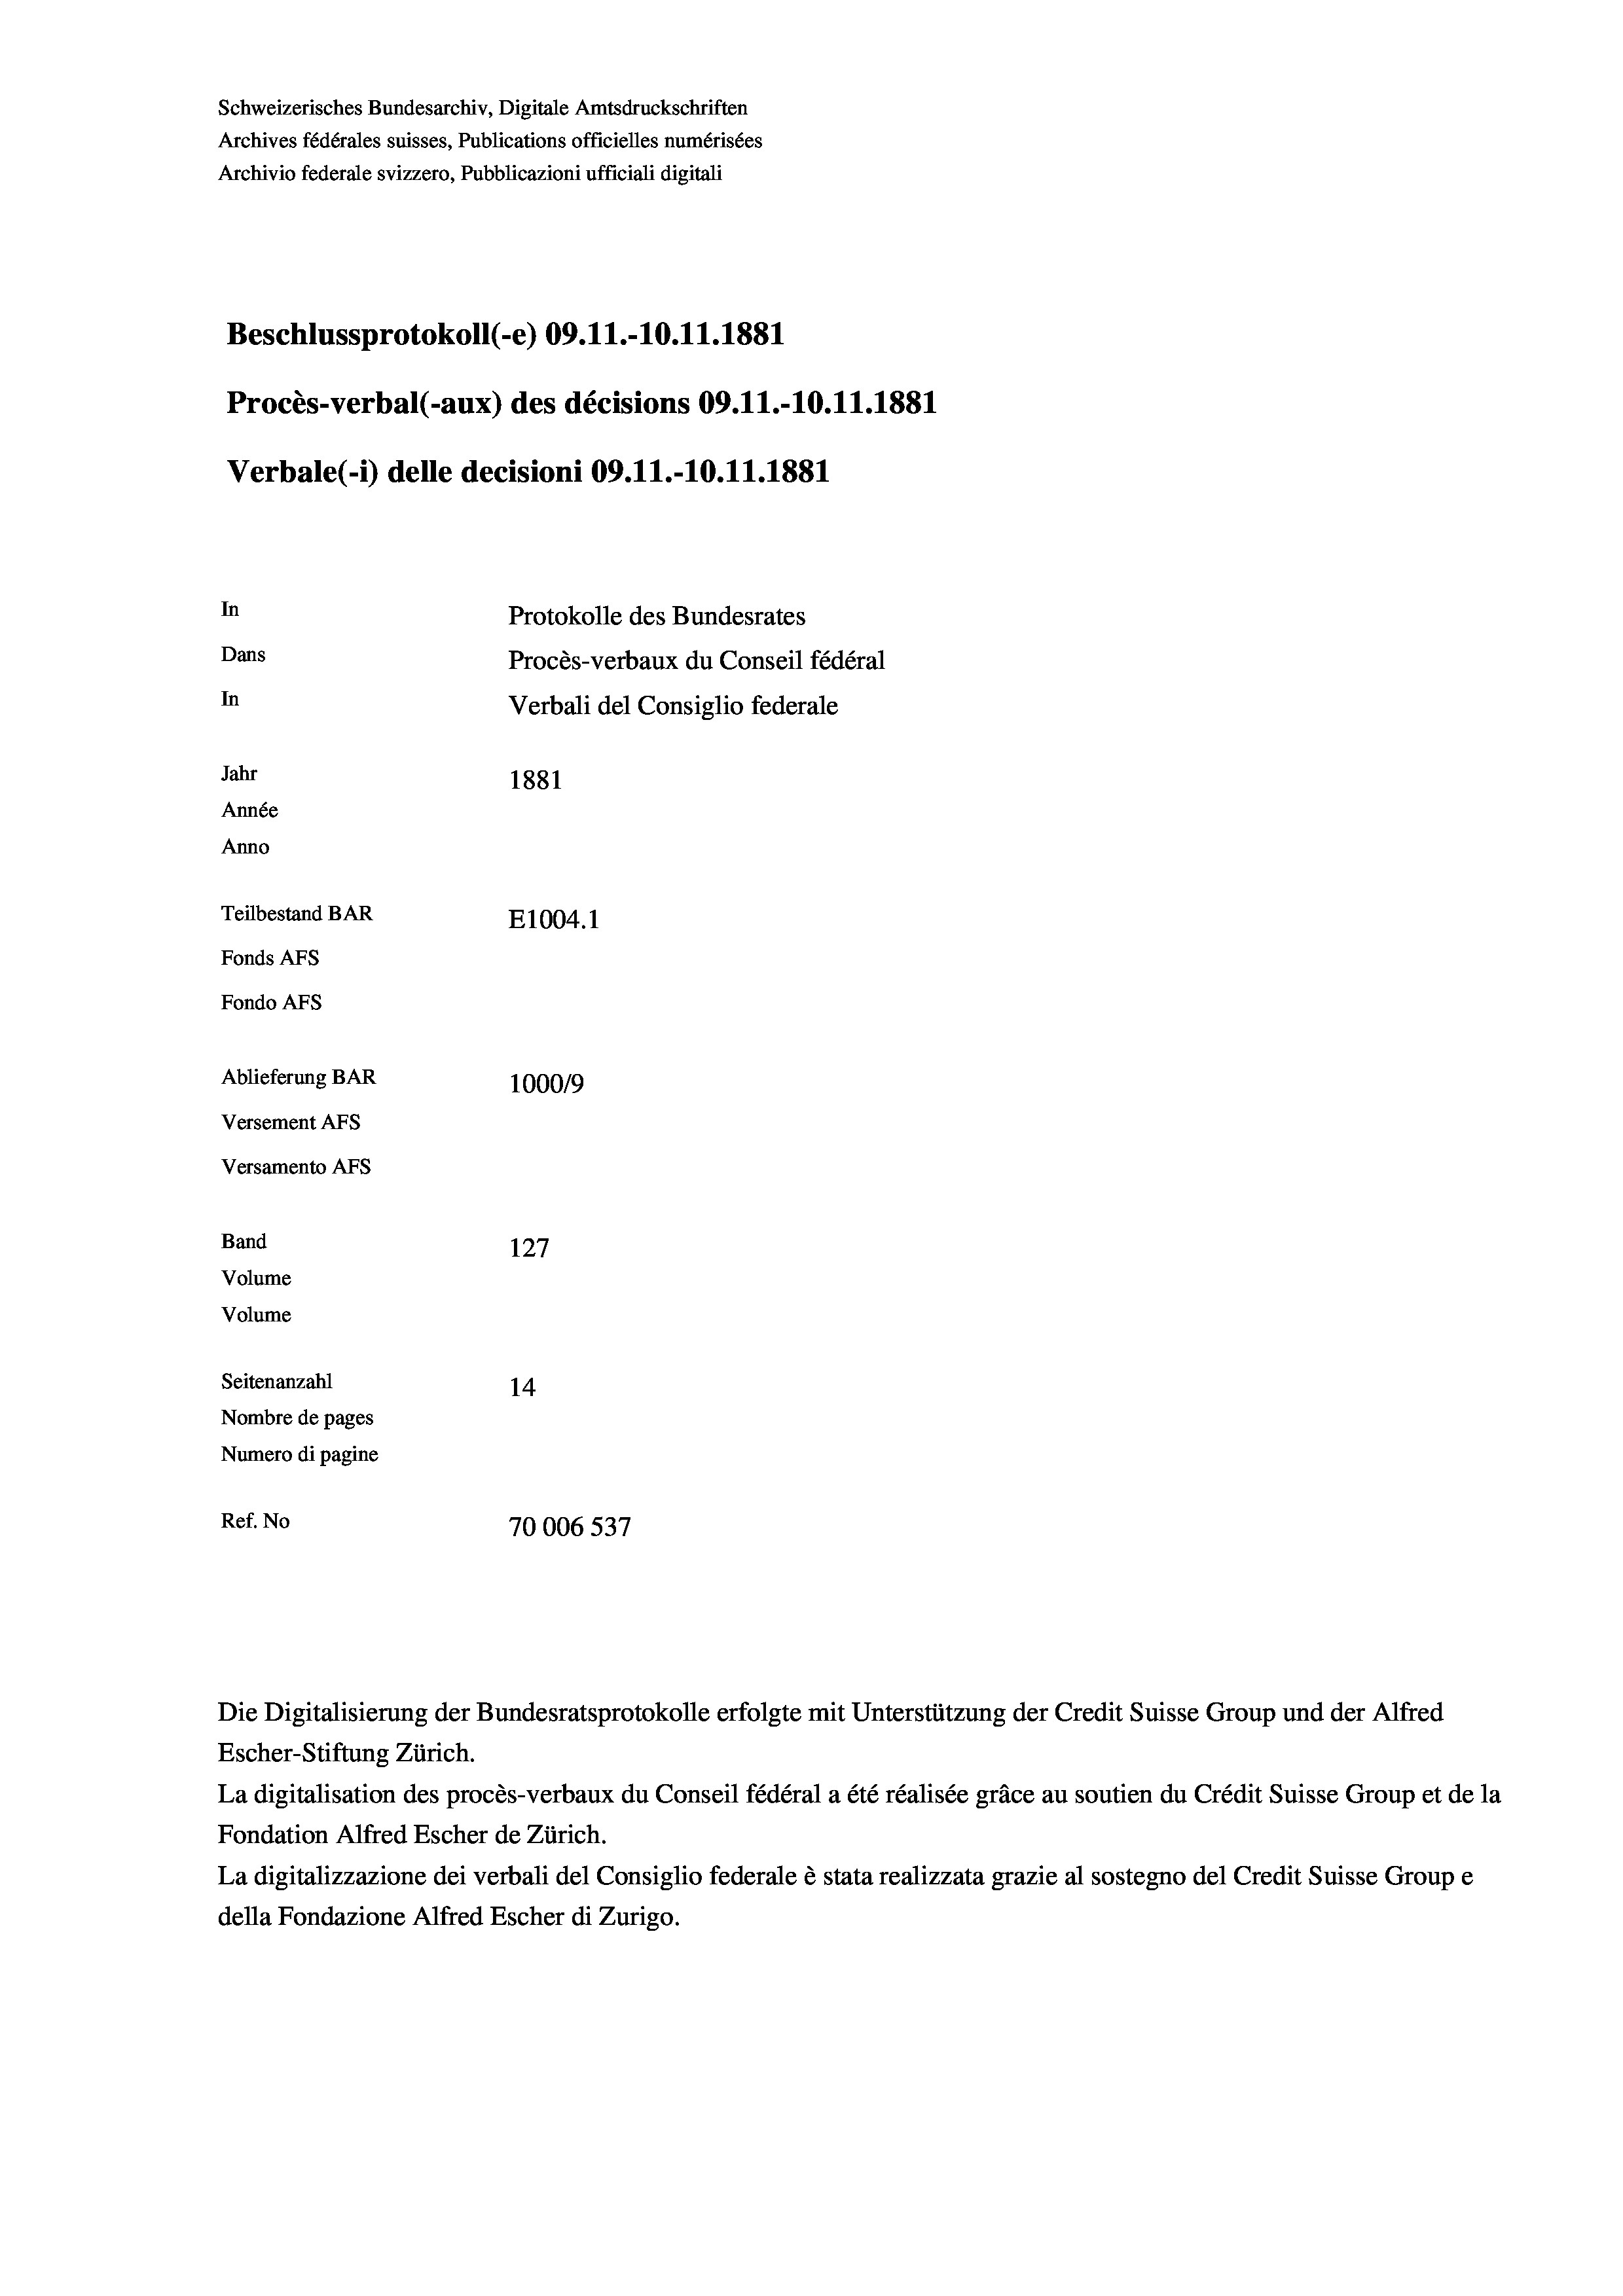
Schweizerisches Bundesarchiv, Digitale Amtsdruckschriften
Archives fédérales suisses, Publications officielles numérisées
Archivio federale svizzero, Pubblicazioni ufficiali digitali
Beschlussprotokoll (-e) 09.11.-10.11.1881
Procès-verbal (-aux) des décisions 09. 11.-10.11.1881
Verbale(-*) delle decisioni 09.11.-10.11.1881
In
Protokolle des Bundesrates
Dans
Procès-verbaux du Conseil fédéral
In
Verbali del Consiglio federale
Jahr
1881
Année
Anno
Teilbestand BAR
E1004.1
Fonds AFs
Fondo AFS
Ablieferung BAR
100019
Versement AFs
Versamento AFs
Band
127
Volume
Volume
Seitenanzahl
14
Nombre de pages
Numero di pagine
Ref. No
70006 537

Die Digitalisierung der Bundesratsprotokolle erfolgte mit Unterstützung der Credit Suisse Group und der Alfred
Escher-Stiftung Zürich.
La digitalisation des procès-verbaux du Conseil fédéral a été réalisée gräce au soutien du Crédit Suisse Group et de la
Fondation Alfred Escher de Zürich.
La digitalizzazione dei verbali del Consiglio federale è stata realizzata grazie al sostegno del Credit Suisse Groupe
della Fondazione Alfred Escher di Zurigo.